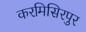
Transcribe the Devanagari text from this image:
करमिसिरपुर